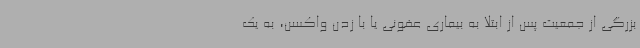
بزرگی از جمعیت پس از ابتلا به بیماری عفونی یا با زدن واکسن، به یک